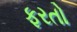
ફરતો